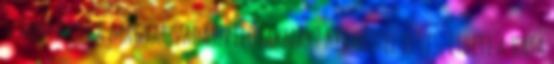
szárnyakat a magyar vadászpilótáknak? Két héttel elveszítheti a hasa